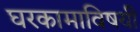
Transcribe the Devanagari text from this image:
घरकामाविषयी